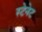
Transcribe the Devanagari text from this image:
स्टेनेट